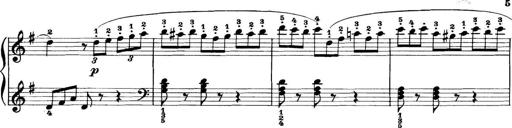
Title: 11 Sonatinas
Composer: Anton Diabelli